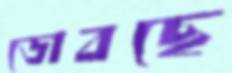
ডোবছে